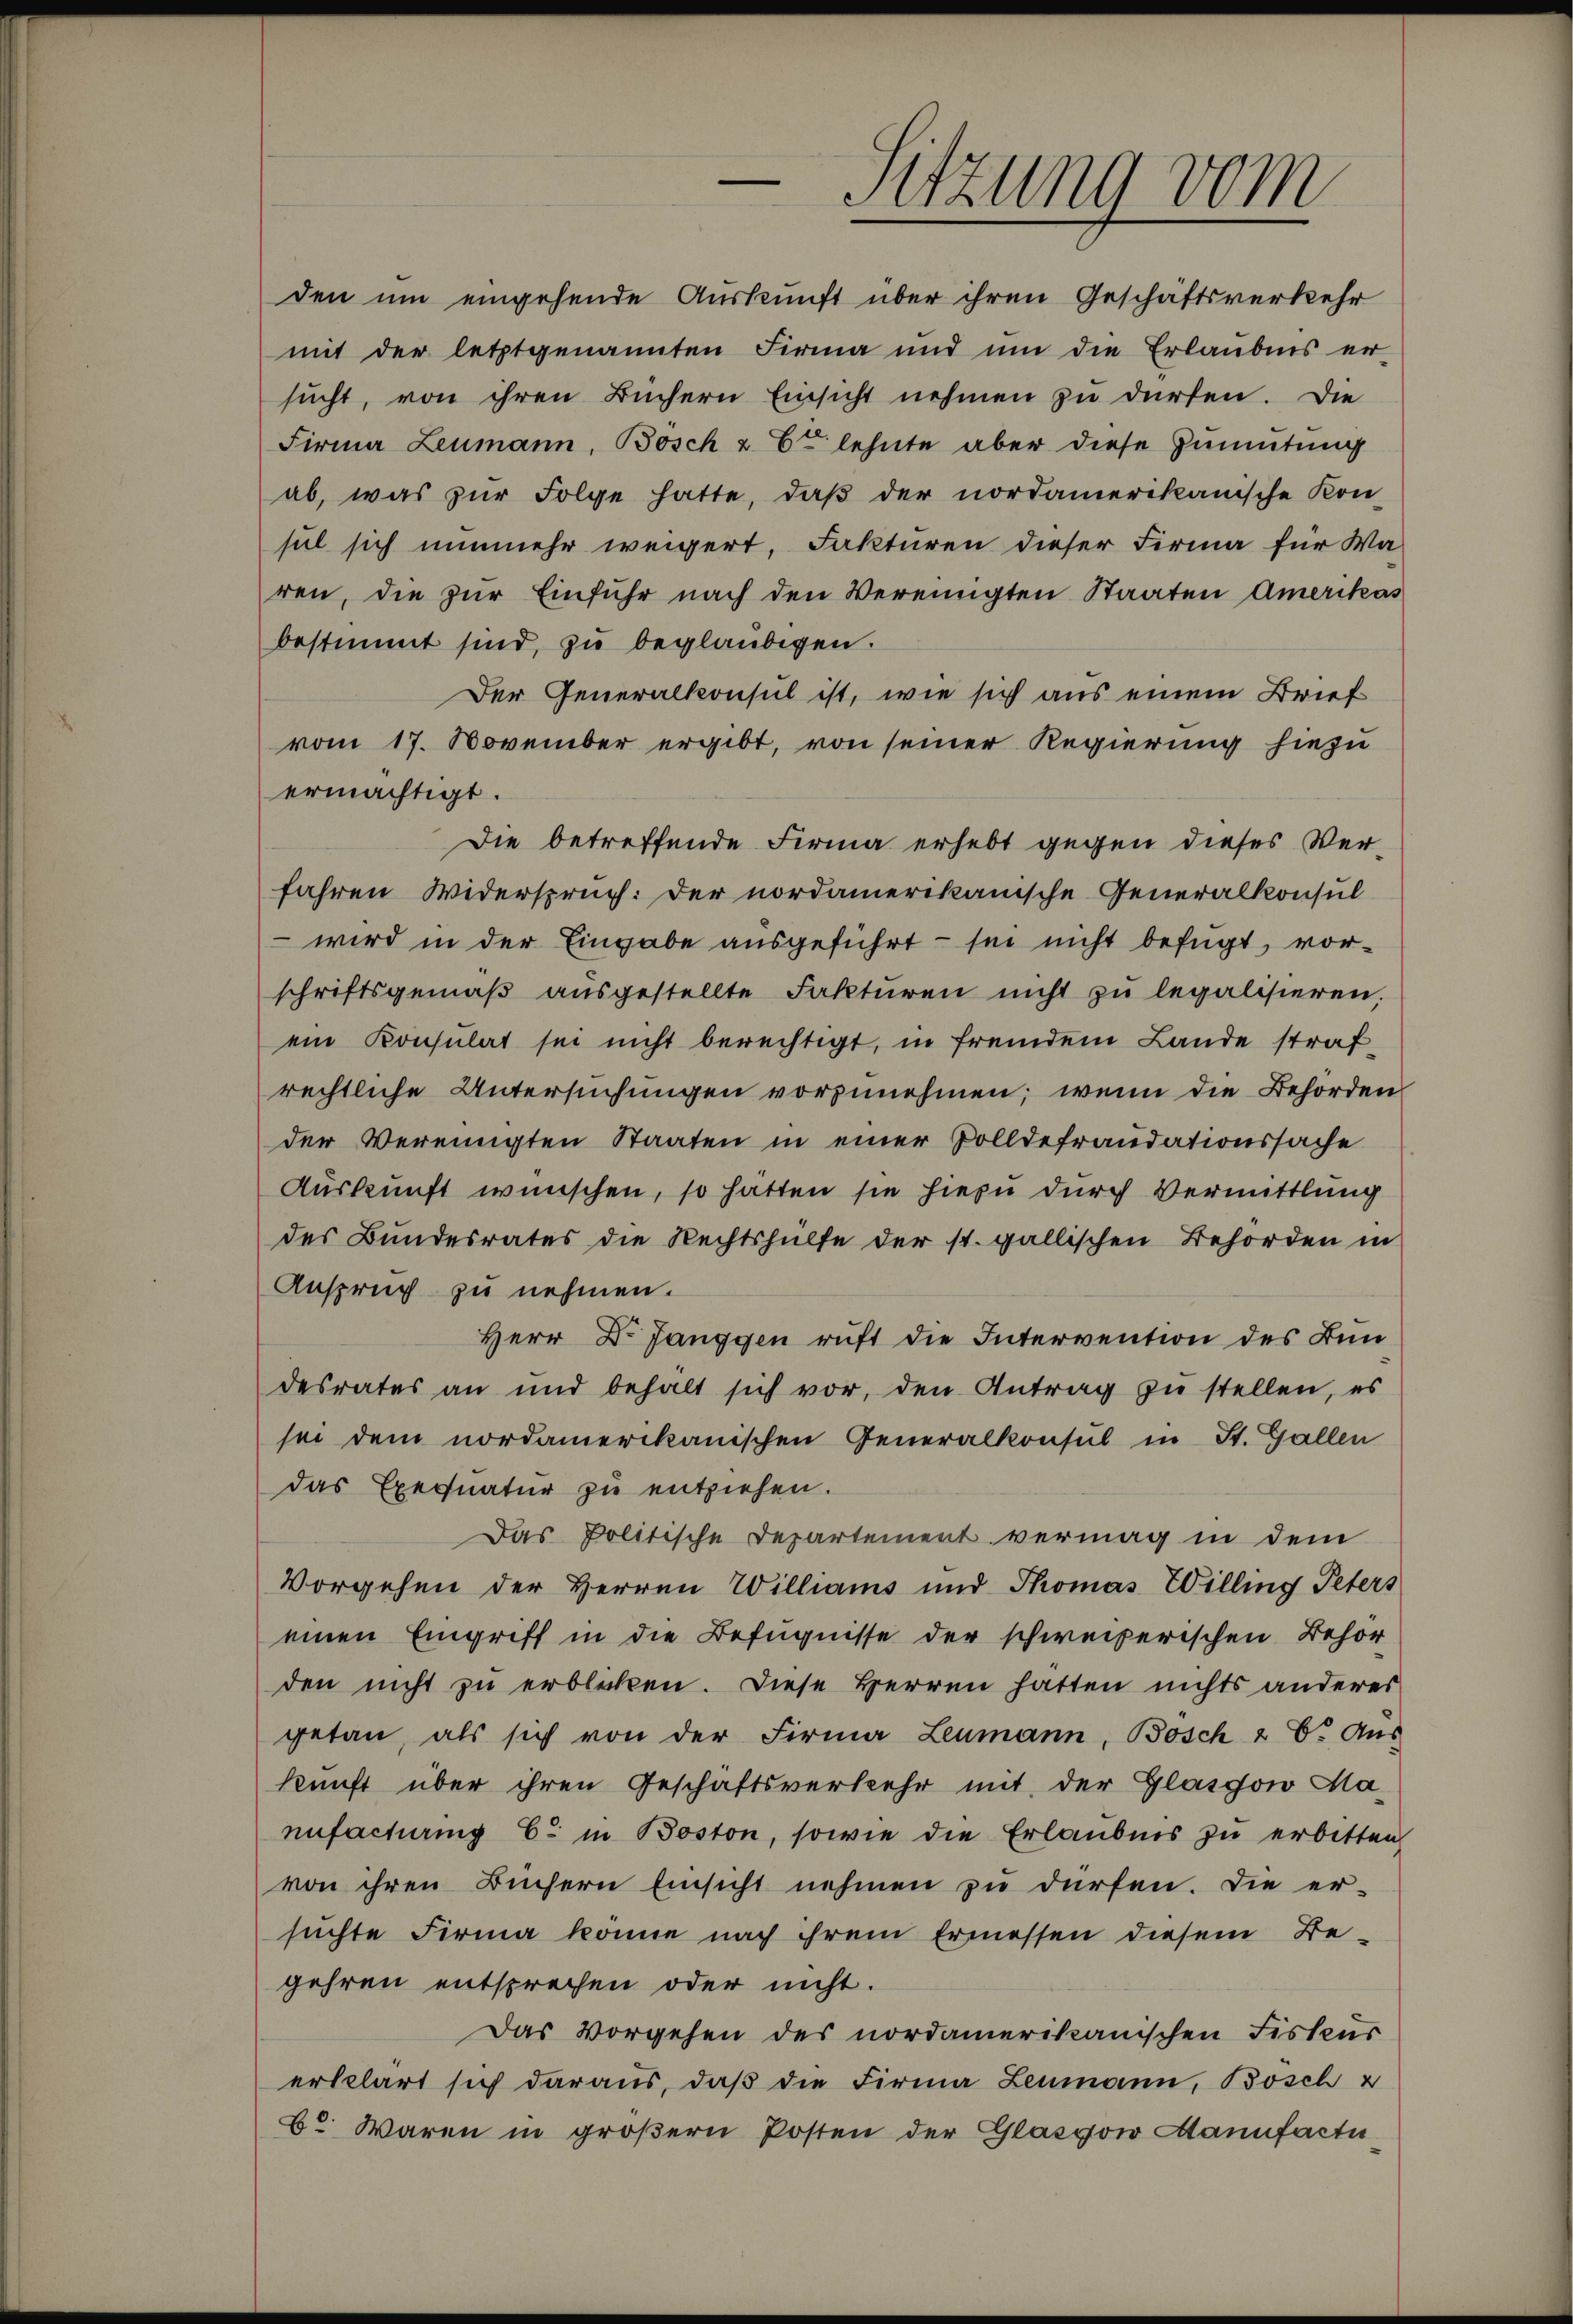
den um eingehende Auskunft über ihren Geschäftsverkehr
mit der letztgenannten Firma und um die Erlaubnis er
sucht, von ihren Büchern Einsicht nehmen zu dürfen. Die
Firma Zeumann, Bosch & Er lehnte aber diese Zumutung
ab, was zŭr Folge hatte, daβ der nordamerikanische Kon-
sul sich nunmehr weigert, Fakturen dieser Firma für Wa
ren, die zŭr Einführ nach den Vereinigten Staaten Amerikas
bestimmt sind, zu beglaubigen.
Der Generalkonsul ist, wie sich aus einem Brief
vom 17. November ergibt, von seiner Regierung hiezu
ermächtigt.
Die betreffende Firma erhebt gegen dieses Verfahren Widerspruch: Der nordamerikanische Generalkonsul
 wird in der Eingabe ausgeführt - sei nicht befügt, vor-
schriftsgemäβ aŭsgestellte Fakturen nicht zŭ legalisieren,
ein Konsulat sei nicht berechtigt, in fremdem Lande straf-
rechtliche Untersuchungen vorzunehmen; wenn die Behörden
der Vereinigten Staaten in einer Polldefraudationssache
Auskunft wünschen, so hätten sie hiezu durch Vermittlung
des Bundesrates die Rechtshülfe der st. gallischen Behörden in
Anspruch zu nehmen.
Herr Dr. Janggen ruft die Intervention des Bundesrates an und behalt sich vor, den Antrag zu stellen, es
sei dem nordamerikanischen Generalkonsul in St. Gallen
das Exequatur zu entziehen.
Das Politische Departement vermag in dem
Vorgehen der Herren Williams und Thomas Willing Peters
einen Eingriff in die Befugnisse der schweizerischen Behör-
den nicht zu erblicken. Diese Herren hatten nichts anderes
getan, als sich von der Firma Leumann, Bosch 2 S. Aus
kunft über ihren Geschäftsverkehr mit der Glasgow Manufachering C. in Boston, sowie die Erlaubnis zu erbitten
von ihren Büchern Einsicht nehmen zŭ dürfen. Die er-
suchte Firma könne nach ihrem Ermessen diesem Be-
gehren entsprechen oder nicht.
Das Vorgehen des nordamerikanischen Fiskur
erklärt sich daraus, daβ die Firma Leumann, Bosch 2
b. Waren in groβern Posten der Glasgow Manufactu

Sitzung vom